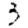
Digit: 3